Leaving Certificate Examination (including Day School Certificate (Higher) General paper), 1932
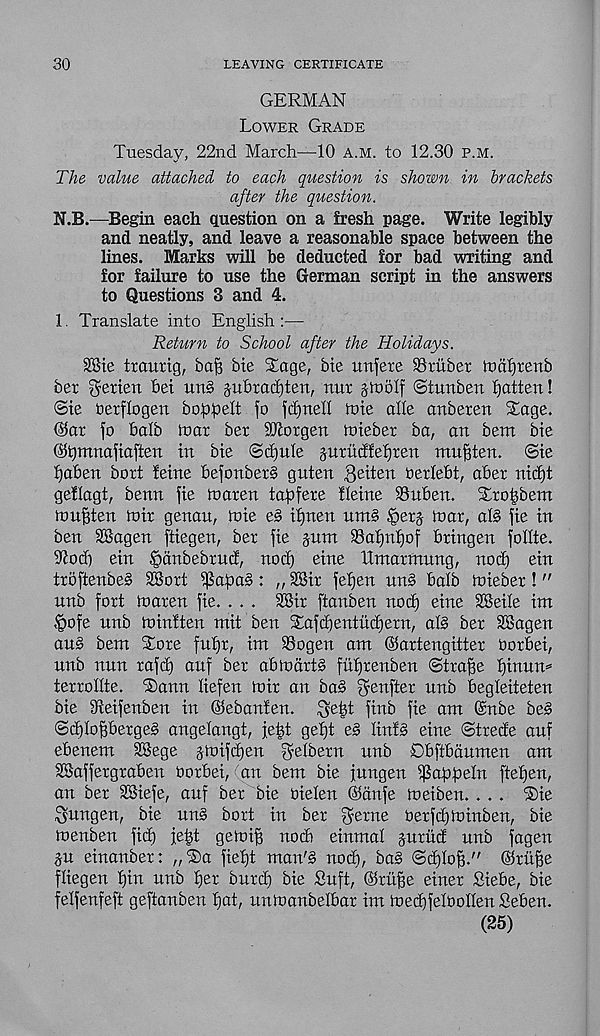
30
LEAVING CERTIFICATE
GERMAN
Lower Grade
Tuesday, 22nd March—10 A.M. to 12.30 p.m.
The value attached to each question is shown in brackets
after the question.
N.B.—Begin each question on a fresh page. Write legibly
and neatly, and leave a reasonable space between the
lines. Marks will be deducted for bad writing and
for failure to use the German script in the answers
to Questions 3 and 4.
1. Translate into English :—
Return to School after the Holidays.
28ie trcmrig, baft bie Stage, bie unfere SBrilber ft>af)renb
ber $ertett bet un§ jubradjten, ratx jiuolf ©tunben flatten!
©te berflogen boppeft fo fdjnelf mie alle anberen Stage.
@ar fo balb luar ber Morgen foteber ba, an bent bie
©tjmnafiaften in bte ©d)nle jurittffefiren mnftten. ©te
^aben bort feme befonber§ guten gotten oerfebt, aber ntd)t
geflagt, benn fie tnaren ta^fere Heine $8uben. Stro^bem
mu^ten loir genan, mie e§ ifinen nm§ ^erj foar, al§ fie in
ben SBagen ftiegen, ber fie jum S3af)hf)of bringen folfte.
Diod) ein Sjanbebtud, nod) eine Xtmarmnng, nod) ein
troftenbe§ S®ort ^apa§: „ 3Sir fefjen nn§ bafb foieber!"
unb fort foaren fie. . . . 2Bir ftanben nod) eine 3Seife int
^ofe unb to inf ten mit ben Stafdientitdjern, al§ ber SBagen
an§ bent Store fnf)r, int SSogen am ©artengitter Oorbei,
nnb nun rafd) anf ber abtoart§ fitf)renben ©trafte f)inun=
terrollte. Stann fiefen loir an ba§ ^enfter nnb begleiteten
bie Sleifenben in Oiebanfen. ^e|t finb fie am Gmbe be§
©d)loperge§ angelangt, jetd gefjt e§ linfg eine ©trede anf
ebenem 2Sege jtoifdjen gelbern unb Obftbdumen am
SSaffergraben Oorbei, an bent bie fnngen ^aftpht ftef)en,
an ber 2Siefe, auf ber bie oielen ©ctnfe toeiben. . . . ®ie
$ungen, bie nn§ bort in ber $erne Oerfd)toinben, bie
toenben fid) fe^t getoi^ nod) einmaf juriid unb fagen
^n einanber: „Sta fiefjt man's nod), baS ©dfloff." ©rttp
fliegen f)in nnb fier burd) bie Snft, ©ritp einer Siebe, bie
felfenfeft geftanben fjat, untoanbelbar im toedjfefooffen Seben.
(25)